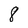
Character: 8